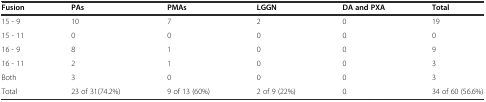
| Fusion | PAs | PMAs | LGGN | DA and PXA | Total |
 | --- | --- | --- | --- | --- | --- |
 | 15 - 9 | 10 | 7 | 2 | 0 | 19 |
 | 15 - 11 | 0 | 0 | 0 | 0 | 0 |
 | 16 - 9 | 8 | 1 | 0 | 0 | 9 |
 | 16 - 11 | 2 | 1 | 0 | 0 | 3 |
 | Both | 3 | 0 | 0 | 0 | 3 |
 | Total | 23 of 31(74.2%) | 9 of 13 (60%) | 2 of 9 (22%) | 0 | 34 of 60 (56.6%) |